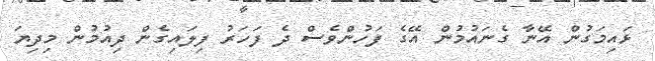
ޅައިމަގުން އޭނާ ގެނައުމުން އޭގެ ފަހުންވެސް ދެ ފަހަރު ފިލައިގެން ދިއުމުން މިދިޔަ